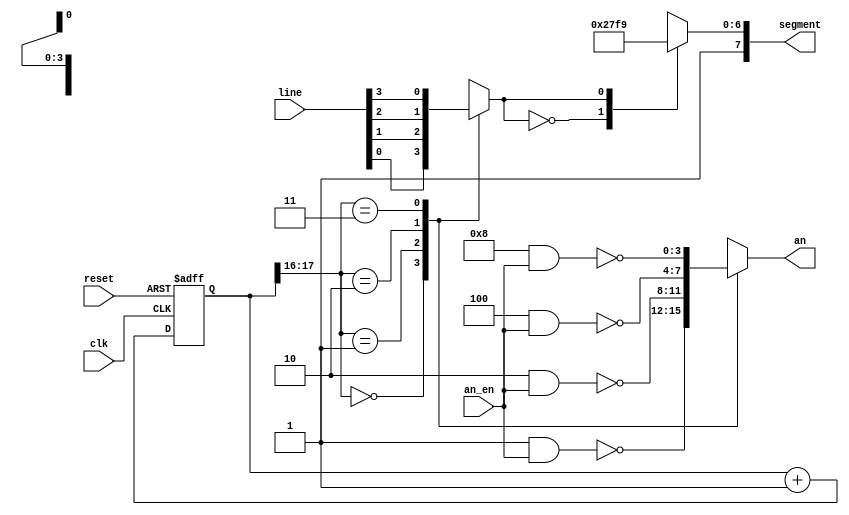
`timescale 1ns / 1ps
//////////////////////////////////////////////////////////////////////////////////
// Company: 
// Engineer: 
// 
// Design Name: 
// Module Name: seven_seg_heartbeat_mux
// Project Name: 
// Target Devices: 
// Tool Versions: 
// Description: 
// 
// Dependencies: 
// 
// Revision:
// Revision 0.01 - File Created
// Additional Comments:
// 
//////////////////////////////////////////////////////////////////////////////////


module seven_seg_heartbeat_mux(
    input clk,
    input reset,
    input [3:0] line,                    //determines if segment display will be upper (1) or lower (0) square
    input [3:0] an_en,           //enable input determining which seg displays on (should only be 1)
    output reg [3:0] an,         //output an for FPGA
    output reg [7:0] segment     //output seg for FPGA
    );
    
    parameter N = 18;

    reg [N-1:0] q_reg;
    wire [N-1:0] q_next;
    
    reg line_next;
            
    //Register
    always @(posedge clk, posedge reset)
        if(reset)
            q_reg <= 0;
        else
            q_reg <= q_next;
    
    //next-state logic
    assign q_next = q_reg + 1; //if at max value, addition jumps back to 0
    
    //output logic
    always @*
    begin
        case(q_reg[N-1:N-2]) //Checks two most significant bits of counter for case selection
            2'b00: 
                begin
                    an = ~(4'b0001 & an_en);
                    line_next = line[0];
                end
            2'b01:
                begin
                    an = ~(4'b0010 & an_en);
                    line_next = line[1];
                end
            2'b10: 
                begin
                    an = ~(4'b0100 & an_en);
                    line_next = line[2];
                end
            2'b11:
                begin
                    an = ~(4'b1000 & an_en);
                    line_next = line[3];
                end
        endcase
    end
    
    always @*
        begin
            case(line_next) //7'b G,F,E,D,C,B,A
                1'b0: segment[6:0] = 7'b1001111; //displays line on left side of seg
                1'b1: segment[6:0] = 7'b1111001; //displays line on right side of seg
            endcase
            segment[7] = 1'b1; //DP never on for square seg display
        end
    //output logic
    
endmodule